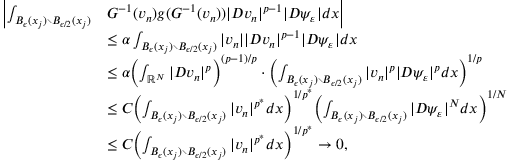
\begin{array} { r l } { \biggl | \int _ { B _ { \epsilon } ( x _ { j } ) \setminus B _ { \epsilon / 2 } ( x _ { j } ) } } & { G ^ { - 1 } ( v _ { n } ) g ( G ^ { - 1 } ( v _ { n } ) ) | D v _ { n } | ^ { p - 1 } | D \psi _ { \varepsilon } | d x \biggr | } \\ & { \le \alpha \int _ { B _ { \epsilon } ( x _ { j } ) \setminus B _ { \epsilon / 2 } ( x _ { j } ) } | v _ { n } | | D v _ { n } | ^ { p - 1 } | D \psi _ { \varepsilon } | d x } \\ & { \le \alpha \biggl ( \int _ { \mathbb { R } ^ { N } } | D v _ { n } | ^ { p } \biggr ) ^ { ( p - 1 ) / p } \cdot \biggl ( \int _ { B _ { \epsilon } ( x _ { j } ) \setminus B _ { \epsilon / 2 } ( x _ { j } ) } | v _ { n } | ^ { p } | D \psi _ { \varepsilon } | ^ { p } d x \biggr ) ^ { 1 / p } } \\ & { \le C \biggl ( \int _ { B _ { \epsilon } ( x _ { j } ) \setminus B _ { \epsilon / 2 } ( x _ { j } ) } | v _ { n } | ^ { p ^ { * } } d x \biggr ) ^ { 1 / p ^ { * } } \biggl ( \int _ { B _ { \epsilon } ( x _ { j } ) \setminus B _ { \epsilon / 2 } ( x _ { j } ) } | D \psi _ { \varepsilon } | ^ { N } d x \biggr ) ^ { 1 / N } } \\ & { \le C \biggl ( \int _ { B _ { \epsilon } ( x _ { j } ) \setminus B _ { \epsilon / 2 } ( x _ { j } ) } | v _ { n } | ^ { p ^ { * } } d x \biggr ) ^ { 1 / p ^ { * } } \to 0 , } \end{array}